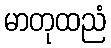
မာတုထညံ